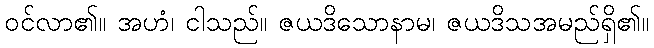
ဝင်လာ၏။ အဟံ၊ ငါသည်။ ဇယဒိသောနာမ၊ ဇယဒိသအမည်ရှိ၏။